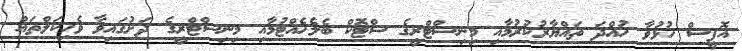
އޮފީސް ހުޅުވާ ހުއްދަ ތައްޔާރުކުރުމާއި މިނިސްޓްރީގެ ސްޓޮކް ބެލެހެއްޓުމާއި މިނިސްޓްރީގެ ދަށުގައިވާ ވެހިކަލްތައް